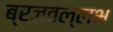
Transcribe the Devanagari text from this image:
ब्रजवल्लभ